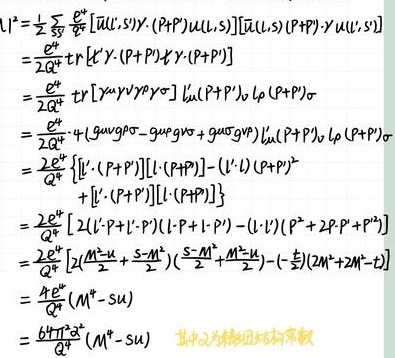
\[
\begin{align*}
l^2&=\frac{1}{2}\sum_{S}\sum_{P}\text{tr}\left[[u(L,S)\gamma\cdot(P+P)]u(L,S)\right][\bar{u}(L,S)(P+P)\gamma\cdot u(L,S)]\\
&=\frac{e^2}{2Q^4}\text{tr}\left[\gamma\cdot(P+P)\gamma\cdot(P+P)\right]\\
&=\frac{e^2}{2Q^4}\text{tr}\left[\gamma^{\mu}\gamma^{\nu}p_{\mu}p_{\nu}\right]\left[\bar{u}(P+P)_{\sigma}u(P+P)_{\sigma}\right]\\
&=\frac{e^2}{2Q^4}\cdot4\left(g^{\mu\nu}p_{\mu}p_{\nu}-g^{\mu\sigma}p_{\mu}p_{\sigma}+g^{\nu\sigma}p_{\nu}p_{\sigma}\right)\left[\bar{u}(P+P)_{\sigma}u(P+P)_{\sigma}\right]\\
&=\frac{e^2}{2Q^4}\left\{[\bar{u}\cdot(P+P)][u\cdot(P+P)]-(\bar{u}\cdot l)(u\cdot P)^2\right.\\
&\quad\left.+[\bar{u}\cdot(P+P)][u\cdot(P+P)]\right\}\\
&=\frac{e^2}{2Q^4}\left[2(\bar{u}\cdot P+\bar{u}\cdot l)(u\cdot P+u\cdot l)-(\bar{u}\cdot l)(P^2 + 2P\cdot l + l^2)\right]\\
&=\frac{e^2}{2Q^4}\left(2\left(\frac{M^2 - t}{2}+\frac{s - M^2}{2}\right)\left(\frac{s - M^2}{2}+\frac{M^2 - t}{2}\right)-\left(-\frac{t}{2}\right)(2M^2 + 2M^2 - t)\right)\\
&=\frac{4e^2}{Q^4}(M^2 - su)\\
&=\frac{64\pi\alpha^2}{Q^4}(M^2 - su)\quad \text{其中}\alpha\text{为精细结构常数}
\end{align*}
\]